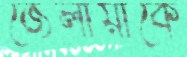
জেলায়াকে